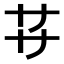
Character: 𬻀